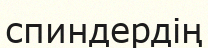
спиндердің